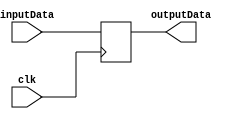
`timescale 1ns / 1ps
//////////////////////////////////////////////////////////////////////////////////
// Company: 
// Engineer: 
// 
// Design Name: 
// Module Name: DataReg
// Project Name: 
// Target Devices: 
// Tool Versions: 
// Description: 
// 
// Dependencies: 
// 
// Revision:
// Revision 0.01 - File Created
// Additional Comments:
// 
//////////////////////////////////////////////////////////////////////////////////


module DataReg(     //ALUSrcAALUSrcBALUresult
    input clk,
    input [31:0]inputData,
    output reg[31:0] outputData
    );
    
    initial begin
        outputData = 0;
    end
    
    always@(posedge clk) begin
        outputData <= inputData;
    end
    
endmodule